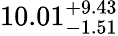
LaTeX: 10.01_{-1.51}^{+9.43}